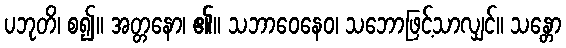
ပဘုတိ၊ စ၍။ အတ္တနော၊ ၏။ သဘာဝေနေဝ၊ သဘောဖြင့်သာလျှင်။ သန္တော